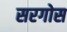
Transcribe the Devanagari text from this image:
सरगोस